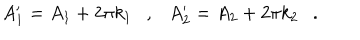
LaTeX: A _ { 1 } ^ { \prime } = A _ { 1 } + 2 \pi k _ { 1 } \ \ \ , \ \ \ A _ { 2 } ^ { \prime } = A _ { 2 } + 2 \pi k _ { 2 } \ \ \ .